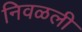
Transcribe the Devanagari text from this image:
निवळली